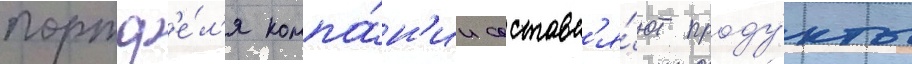
портф'е́л'я компа́н'ии составл'я́ют проду́кты